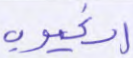
الغيوب